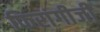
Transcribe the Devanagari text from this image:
फिरांगीजी